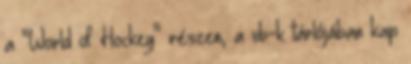
a "World of Hockey" részen, a vb-k tárlójában kap